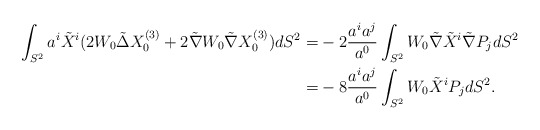
\begin{align*} \int_{S^2} a^i \tilde X^i ( 2W_0 \tilde \Delta X_0^{(3)} + 2 \tilde \nabla W_0 \tilde \nabla X_0^{(3)}) dS^2 =& -2 \frac{a^i a^j}{a^0} \int_{S^2} W_0 \tilde \nabla \tilde X^i \tilde \nabla P_j dS^2 \\=& - 8 \frac{a^i a^j}{a^0} \int_{S^2} W_0 \tilde X^i P_j dS^2.\end{align*}